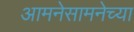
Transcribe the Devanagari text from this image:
आमनेसामनेच्या